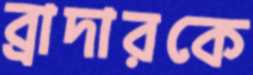
ব্রাদারকে